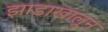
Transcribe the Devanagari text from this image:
झाडाखालून